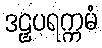
ဒဠှပရက္ကမံ